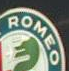
ROMEO